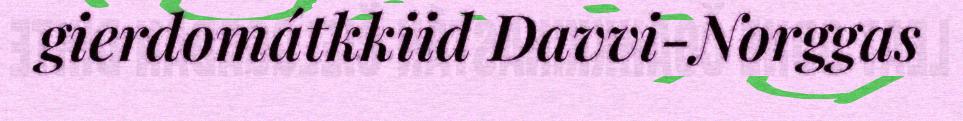
gierdomátkkiid Davvi-Norggas